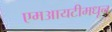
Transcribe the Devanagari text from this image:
एमआयटीमधून